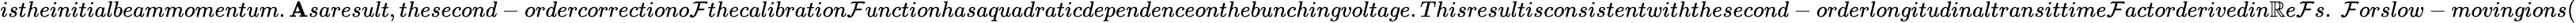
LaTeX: istheinitialbeammomentum.\mathbf{A}saresult,thesecond-ordercorrectiono\mathcal{F}thecalibration\mathcal{F}unctionhasaquadraticdependenceonthebunchingvoltage.Thisresultisconsistentwiththesecond-orderlongitudinaltransittime\mathcal{F}actorderivedin\mathbb{R}e\mathcal{F}s.~\mathcal{F}orslow-movingions(